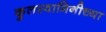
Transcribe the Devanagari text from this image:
कुलस्वामिनीच्या